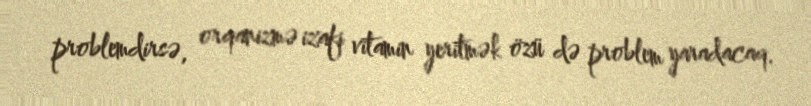
problemdirsə, orqanizmə izafi vitamin yeritmək özü də problem yaradacaq.